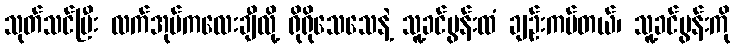
သုတ်သင်ပြီး လက်အုပ်ကလေးချီလို့ ရိုရိုသေသေနဲ့ သူ့ခင်ပွန်းထံ ချဉ်းကပ်တယ်၊ သူ့ခင်ပွန်းကို